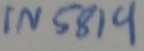
Text: IN5819